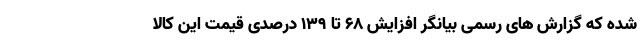
شده که گزارش های رسمی بیانگر افزایش ۶۸ تا ۱۳۹ درصدی قیمت این کالا